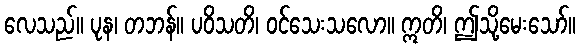
လေသည်။ ပုန၊ တဘန်။ ပဝိသတိ၊ ဝင်သေးသလော။ ဣတိ၊ ဤသို့မေးသော်။